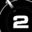
Digit: 2